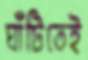
ঘাঁটিতেই